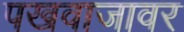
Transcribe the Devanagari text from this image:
पखवाजावर